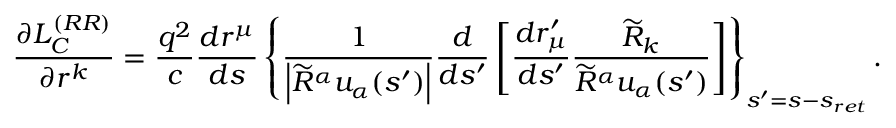
\frac { \partial L _ { C } ^ { ( R R ) } } { \partial r ^ { k } } = \frac { q ^ { 2 } } { c } \frac { d r ^ { \mu } } { d s } \left\{ \frac { 1 } { \left\vert \widetilde { R } ^ { \alpha } u _ { \alpha } ( s ^ { \prime } ) \right\vert } \frac { d } { d s ^ { \prime } } \left[ \frac { d r _ { \mu } ^ { \prime } } { d s ^ { \prime } } \frac { \widetilde { R } _ { k } } { \widetilde { R } ^ { \alpha } u _ { \alpha } ( s ^ { \prime } ) } \right] \right\} _ { s ^ { \prime } = s - s _ { r e t } } .